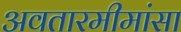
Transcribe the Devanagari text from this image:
अवतारमीमांसा